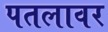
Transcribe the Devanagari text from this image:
पतलावर